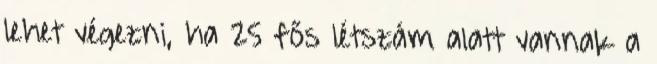
lehet végezni, ha 25 fős létszám alatt vannak a